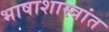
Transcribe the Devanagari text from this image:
भाषाशास्त्रांत